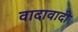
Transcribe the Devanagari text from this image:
वादावादी